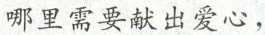
哪里需要献出爱心，